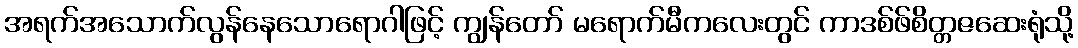
အရက်အသောက်လွန်နေသောရောဂါဖြင့် ကျွန်တော် မရောက်မီကလေးတွင် ကာဒစ်ဖ်စိတ္တဇဆေးရုံသို့